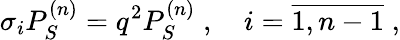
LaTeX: \sigma_{i}P_{S}^{(n)}=q^{2}P_{S}^{(n)}\; ,\quad i=\overline{{{1,n-1}}}\; ,